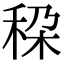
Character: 𮃄